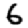
Digit: 6